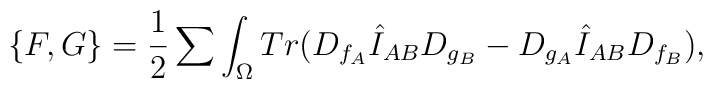
\{ F,G \} ={1 \over 2}\sum\int_{\Omega} Tr(D_{f_A}\hat I_{AB}D_{g_B}- D_{g_A}\hat I_{AB}D_{f_B}),